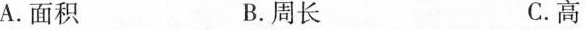
A. 面积 B. 周长 C. 高